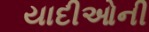
યાદીઓની